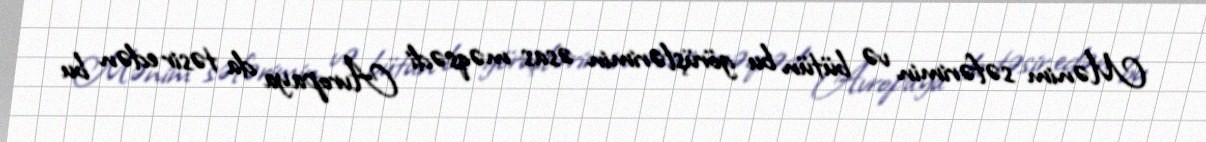
Mənim səfərimin və bütün bu görüşlərimin əsas məqsədi Avropaya da təsir edən bu